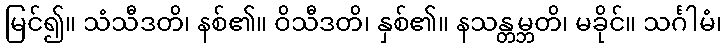
မြင်၍။ သံသီဒတိ၊ နစ်၏။ ဝိသီဒတိ၊ နှစ်၏။ နသန္တမ္ဘတိ၊ မခိုင်။ သင်္ဂါမံ၊